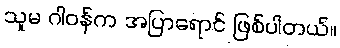
သူမ ဂါဝန်က အပြာရောင် ဖြစ်ပါတယ်။